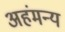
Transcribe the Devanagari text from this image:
अहंमन्य